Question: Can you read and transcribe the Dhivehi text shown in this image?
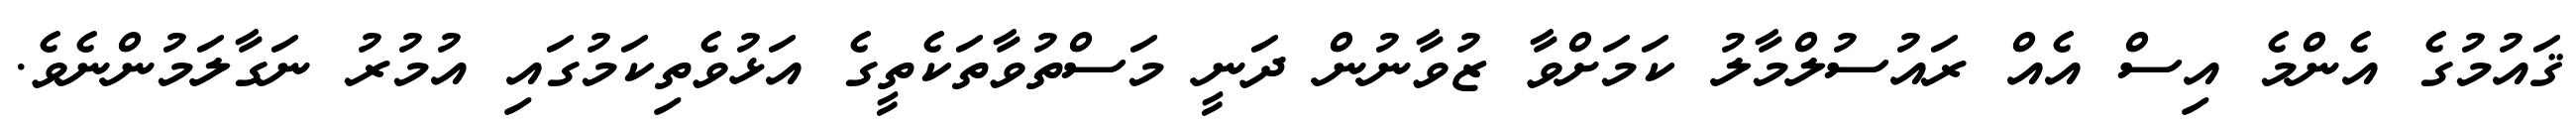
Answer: ޤައުމުގެ އެންމެ އިސް އެއް ރައުސުލްމާލު ކަމަށްވާ ޒުވާނުން ދަނީ މަސްތުވާތަކެތީގެ އަޅުވެތިކަމުގައި އުމުރު ނަގާލަމުންނެވެ.